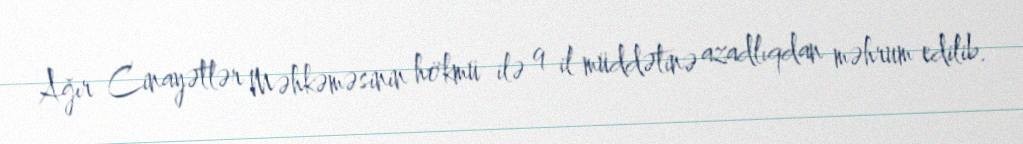
Ağır Cinayətlər Məhkəməsinin hökmü ilə 9 il müddətinə azadlıqdan məhrum edilib.